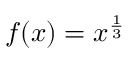
f ( x ) = x ^ { \frac { 1 } { 3 } }